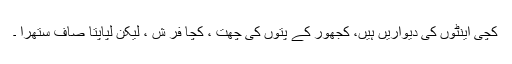
کچی اینٹوں کی دیواریں ہیں، کجھور کے پتوں کی چھت ، کچا فر ش ، لیکن لپاپتا صاف ستھرا ۔